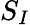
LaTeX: S_{I}